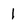
Character: 1